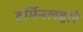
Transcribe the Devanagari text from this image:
टर्मिनलद्वारे